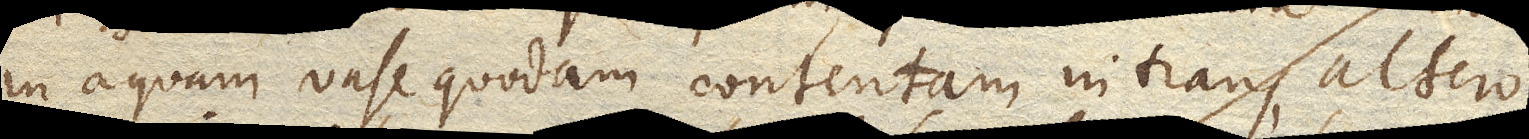
in aquam vase quodam contentam intrans, altero